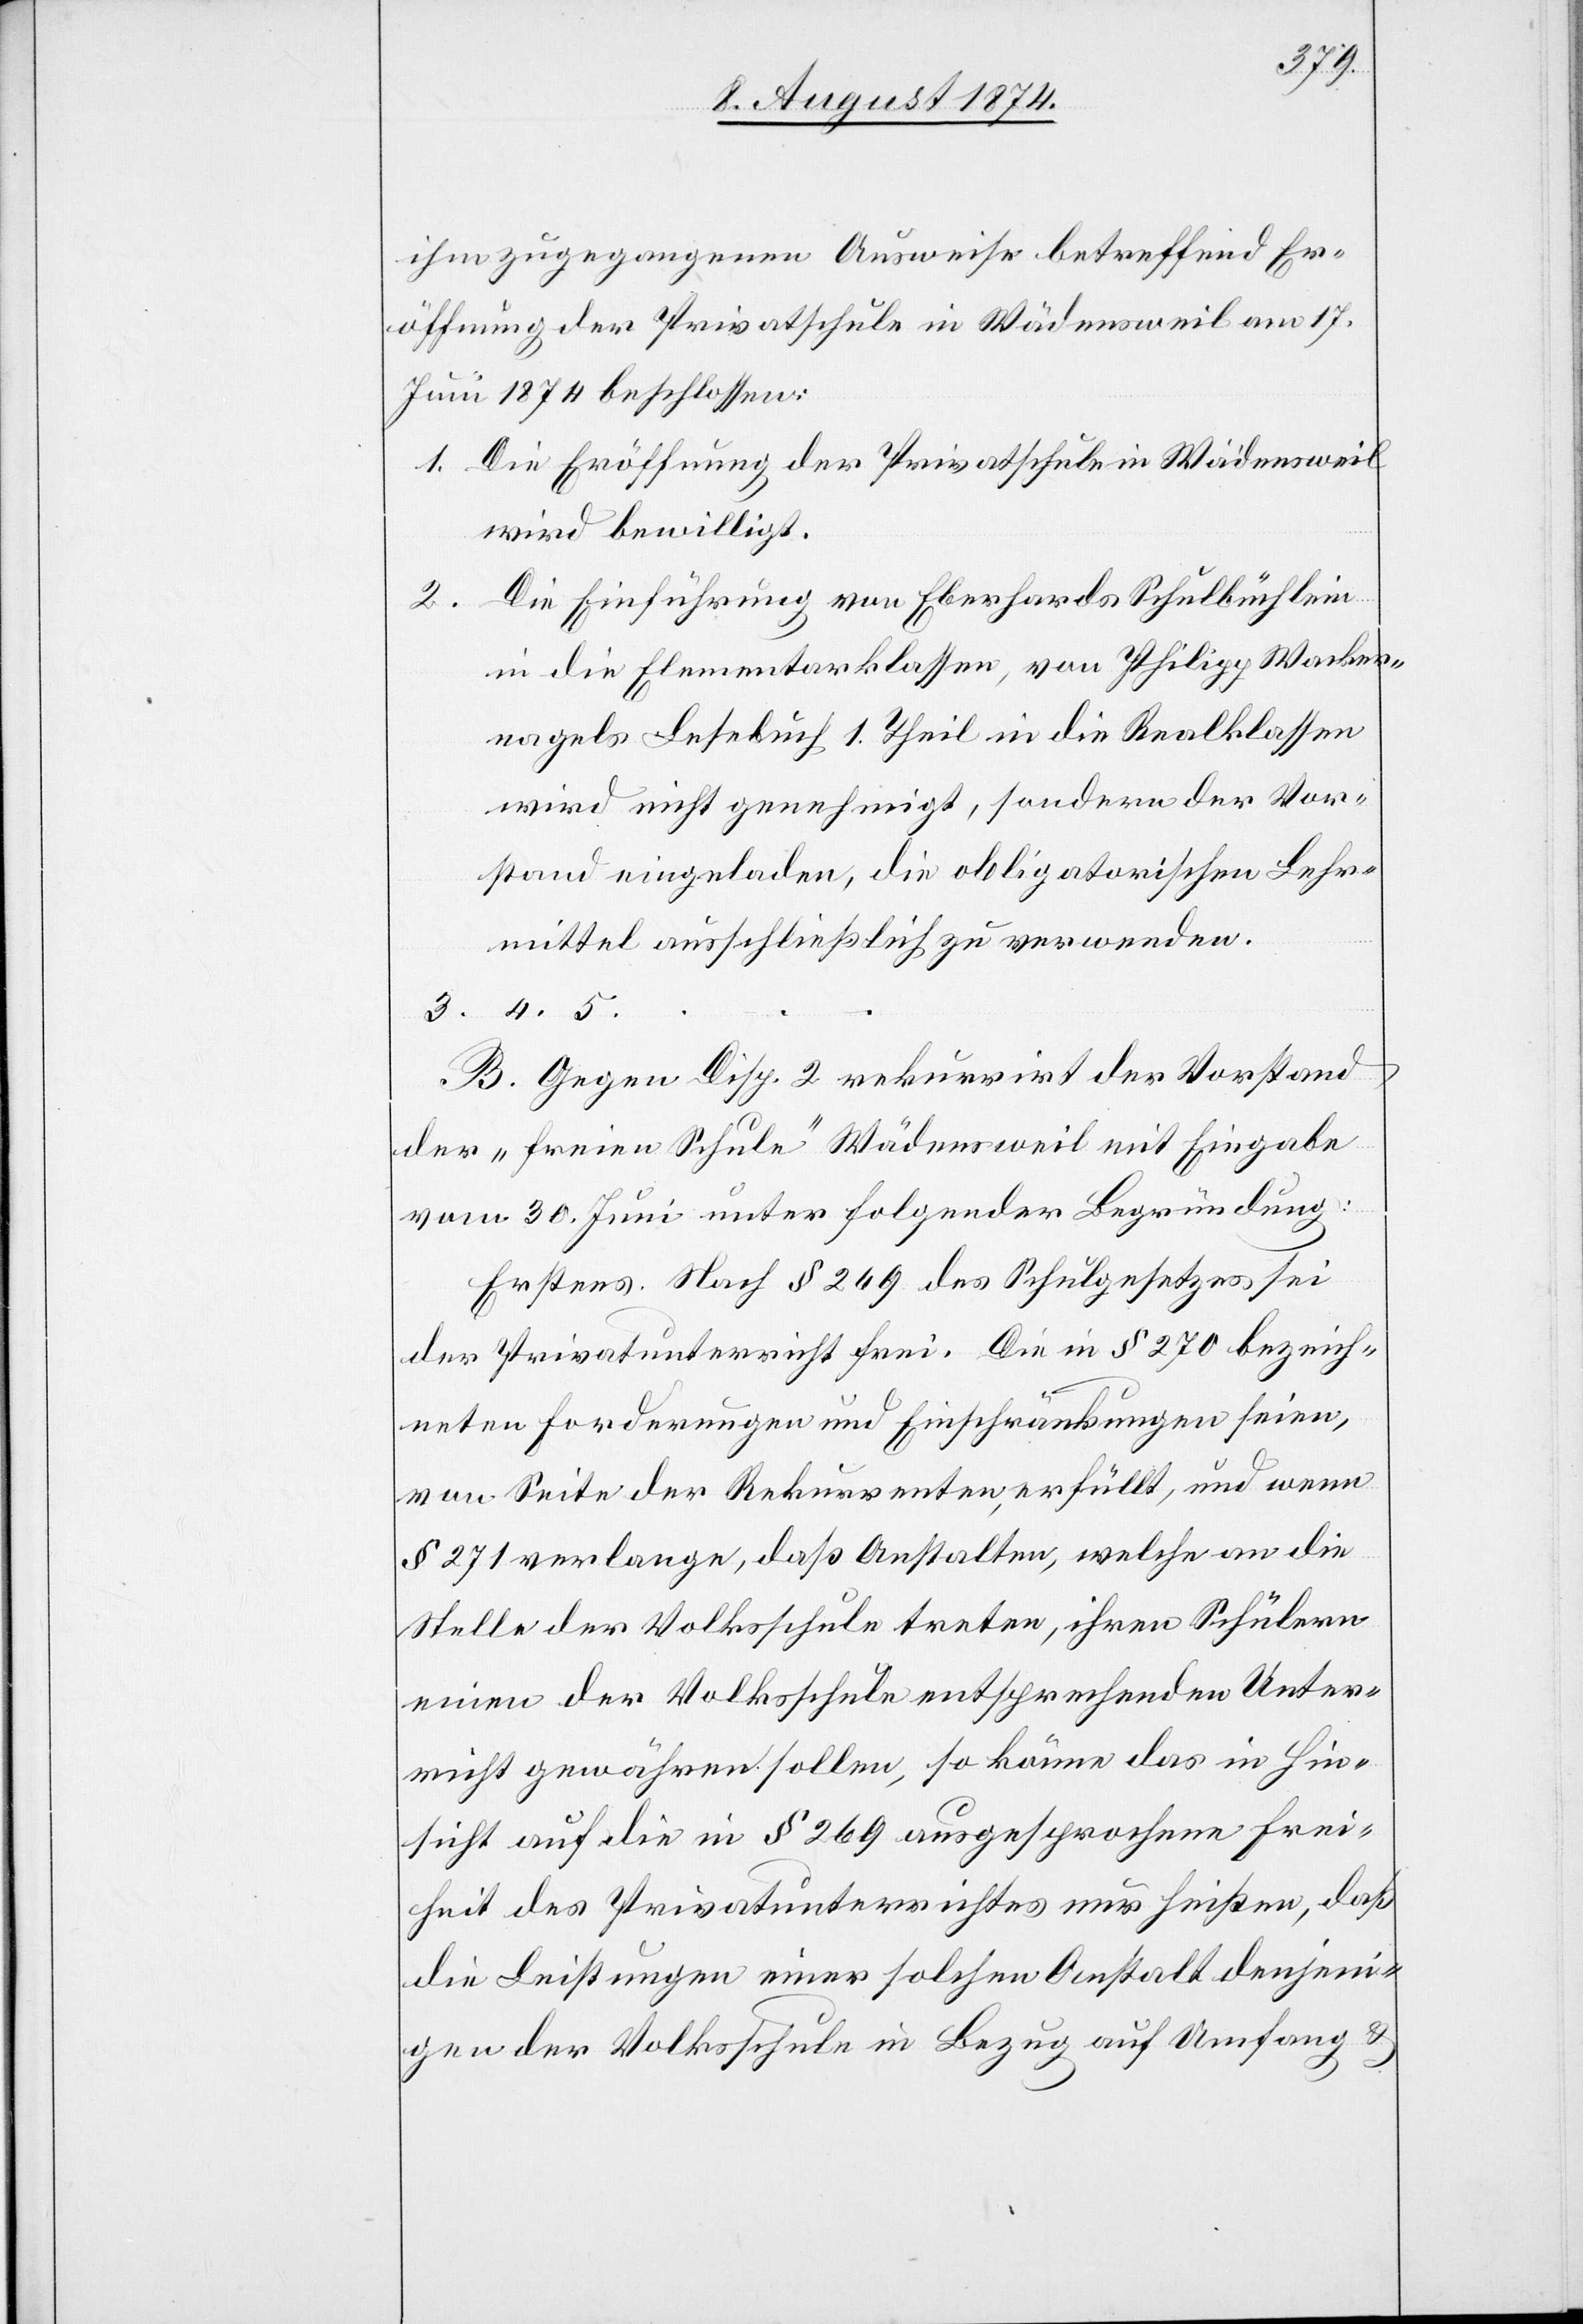
ihm zugegangenen Ausweise betreffend Er¬
öffnung der Privatschule in Wädensweil am 17.
Juni 1874 beschlossen:
1. Die Eröffnung der Privatschule in Wädensweil
wird bewilligt.
2. Die Einführung von Eberhards Schulbüchlein
in die Elementarklassen, von Philipp Wacker¬
nagels Lesebuch 1. Theil in die Realklassen
wir nicht genehmigt, sondern der Vor¬
stand eingeladen, die obligatorischen Lehr¬
mittel ausschließlich zu verwenden.
3. 4. 5.
B. Gegen Disp. 2 rekurrirt der Vorstand
der „freien Schule“ Wädensweil mit Eingabe
vom 30. Juni unter folgender Begründung:
Erstens. Nach § 269 des Schulgesetzes sei
der Privatunterricht frei. Die im § 270 bezeich¬
neten Forderungen und Einschränkungen seien,
von Seite der Rekurrenten, erfüllt, und wenn
§ 271 verlange, daß Anstalten, welche an die
Stelle der Volksschule treten, ihren Schülern
einen der Volksschule entsprechenden Unter¬
richt gewähren sollen, so könne das in Hin¬
sicht auf die in § 269 ausgesprochene Frei¬
heit des Privatunterrichtes nur heißen, daß
die Leistungen einer solchen Anstalt denjeni¬
gen der Volksschule in Bezug auf Umfang u.